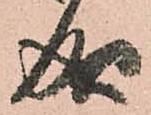
成